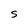
Character: S